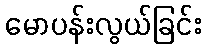
မောပန်းလွယ်ခြင်း